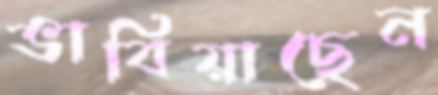
ভাবিয়াছেন